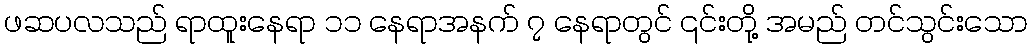
ဖဆပလသည် ရာထူးနေရာ ၁၁ နေရာအနက် ၇ နေရာတွင် ၎င်းတို့ အမည် တင်သွင်းသော